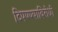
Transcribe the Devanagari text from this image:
टिपण्ण्याविरोधी